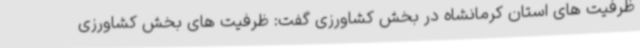
ظرفیت های استان کرمانشاه در بخش کشاورزی گفت: ظرفیت های بخش کشاورزی